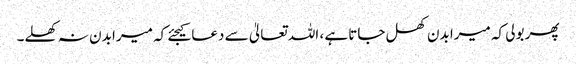
پھر بولی کہ میرا بدن کھل جاتا ہے ، اللہ تعالیٰ سے دعا کیجئے کہ میرا بدن نہ کھلے۔